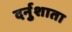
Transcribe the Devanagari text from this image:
दर्नुशाता